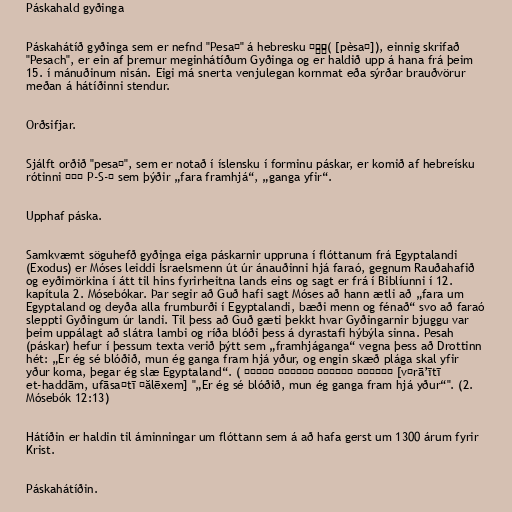
Páskahald gyðinga

Páskahátíð gyðinga sem er nefnd "Pesaḥ" á hebresku פֶּסַח( [pèsaḥ]), einnig skrifað
"Pesach", er ein af þremur meginhátíðum Gyðinga og er haldið upp á hana frá þeim
15. í mánuðinum nisán. Eigi má snerta venjulegan kornmat eða sýrðar brauðvörur
meðan á hátíðinni stendur.

Orðsifjar.

Sjálft orðið "pesaḥ", sem er notað í íslensku í forminu páskar, er komið af hebreísku
rótinni פסח P-S-Ḥ sem þýðir „fara framhjá“, „ganga yfir“.

Upphaf páska.

Samkvæmt söguhefð gyðinga eiga páskarnir uppruna í flóttanum frá Egyptalandi
(Exodus) er Móses leiddi Ísraelsmenn út úr ánauðinni hjá faraó, gegnum Rauðahafið
og eyðimörkina í átt til hins fyrirheitna lands eins og sagt er frá í Biblíunni í 12.
kapítula 2. Mósebókar. Þar segir að Guð hafi sagt Móses að hann ætli að „fara um
Egyptaland og deyða alla frumburði í Egyptalandi, bæði menn og fénað“ svo að faraó
sleppti Gyðingum úr landi. Til þess að Guð gæti þekkt hvar Gyðingarnir bjuggu var
þeim uppálagt að slátra lambi og ríða blóði þess á dyrastafi hýbýla sinna. Pesah
(páskar) hefur í þessum texta verið þýtt sem „framhjáganga“ vegna þess að Drottinn
hét: „Er ég sé blóðið, mun ég ganga fram hjá yður, og engin skæð plága skal yfir
yður koma, þegar ég slæ Egyptaland“. ( וראיתי את־הדם ופסחתי עליכם [vərā’ītī
et-haddām, ufāsaḥtī ʕălēxem] "„Er ég sé blóðið, mun ég ganga fram hjá yður“". (2.
Mósebók 12:13)

Hátíðin er haldin til áminningar um flóttann sem á að hafa gerst um 1300 árum fyrir
Krist.

Páskahátíðin.